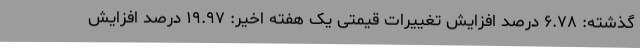
گذشته: ۶.۷۸ درصد افزایش تغییرات قیمتی یک هفته اخیر: ۱۹.۹۷ درصد افزایش